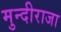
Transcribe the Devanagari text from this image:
मुन्दीराजा